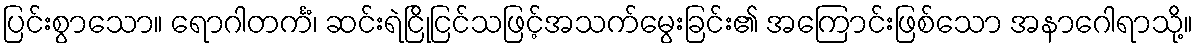
ပြင်းစွာသော။ ရောဂါတင်္ကံ၊ ဆင်းရဲငြိုငြင်သဖြင့်အသက်မွေးခြင်း၏ အကြောင်းဖြစ်သော အနာဂေါရာသို့။